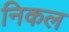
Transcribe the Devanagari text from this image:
निकल